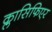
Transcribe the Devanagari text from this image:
क्लासिफिएर